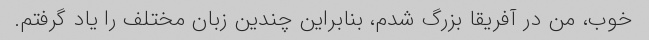
خوب، من در آفریقا بزرگ شدم، بنابراین چندین زبان مختلف را یاد گرفتم.